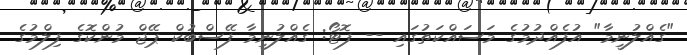
"ގެއްލުނީމާ" އުފެއްދުމުގެ މަސައްކަތުގައި -- ފޮޓޯ: ގެއްލުނީމާ ފޭސްބުކް ޕޭޖް މުންކޮގެ ފިލްމުގެ